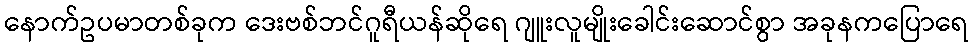
နောက်ဥပမာတစ်ခုက ဒေးဗစ်ဘင်ဂူရီယန်ဆိုရေ ဂျူးလူမျိုးခေါင်းဆောင်စွာ အခုနကပြောရေ